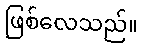
ဖြစ်လေသည်။